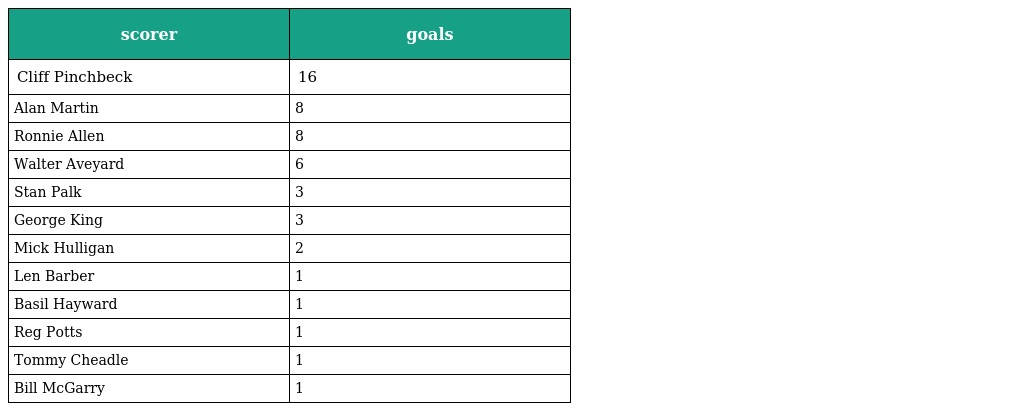
| scorer | goals |
 | --- | --- |
 | Cliff Pinchbeck | 16 |
 | Alan Martin | 8 |
 | Ronnie Allen | 8 |
 | Walter Aveyard | 6 |
 | Stan Palk | 3 |
 | George King | 3 |
 | Mick Hulligan | 2 |
 | Len Barber | 1 |
 | Basil Hayward | 1 |
 | Reg Potts | 1 |
 | Tommy Cheadle | 1 |
 | Bill McGarry | 1 |